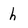
Character: h